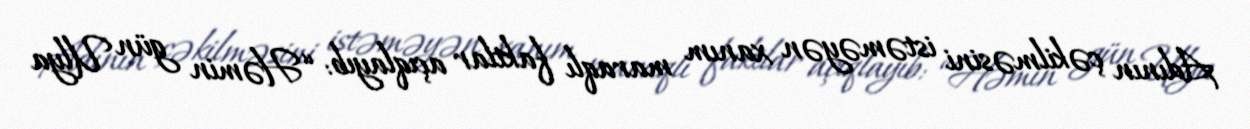
Adının çəkilməsini istəməyən xanım maraqlı faktlar açıqlayıb: “Həmin gün Ulya